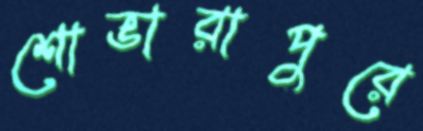
শোভারাপুরে